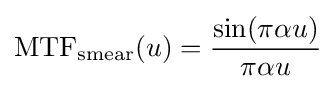
\mathrm {MTF} _{\mathrm {smear} }(u)={\frac {\sin(\pi \alpha u)}{\pi \alpha u}}